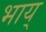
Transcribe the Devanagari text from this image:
भाय्